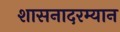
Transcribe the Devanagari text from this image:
शासनादरम्यान